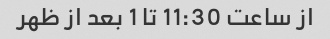
از ساعت 11:30 تا 1 بعد از ظهر